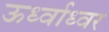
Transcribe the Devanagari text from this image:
ऊर्ध्वाध्वर